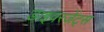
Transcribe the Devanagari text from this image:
डाइवरजेंट्स